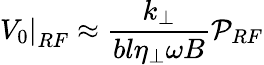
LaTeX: \left.V_{0}\right|_{RF}\approx\frac{k_{\perp}}{bl\eta_{\perp}\omega B}\mathcal{P}_{RF}